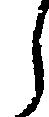
ら